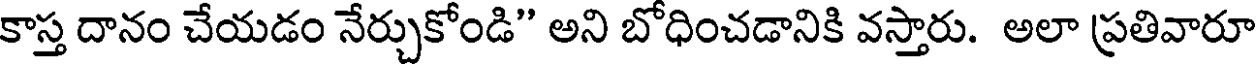
కాస్త దానం చేయడం నేర్చుకోండి" అని బోధించడానికి వస్తారు. అలా ప్రతివారూ